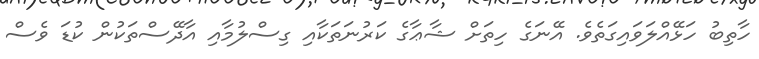
ހާތިބު ހަޅޭއްލަވައިގަތެވެ. އޭނަގެ ހިތަށް ޝާޢާގެ ކަރުނަތަކާއި ގިސްލުމާއި އާދޭސްތަކުން ކުޑަ ވެސް